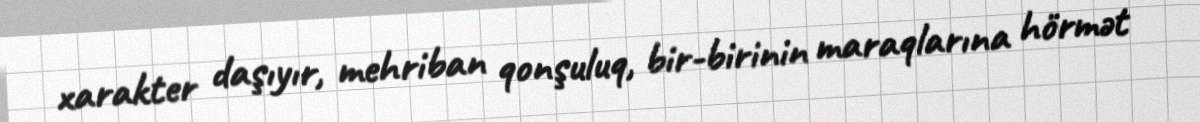
xarakter daşıyır, mehriban qonşuluq, bir-birinin maraqlarına hörmət